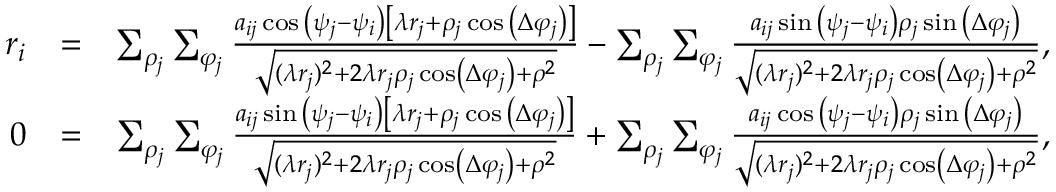
\begin{array} { r l r } { r _ { i } } & { = } & { \sum _ { \rho _ { j } } \sum _ { \varphi _ { j } } \frac { a _ { i j } \cos { \left( \psi _ { j } - \psi _ { i } \right) } \left[ \lambda r _ { j } + \rho _ { j } \cos { \left( \Delta \varphi _ { j } \right) } \right] } { \sqrt { ( \lambda r _ { j } ) ^ { 2 } + 2 \lambda r _ { j } \rho _ { j } \cos \left( \Delta \varphi _ { j } \right) + \rho ^ { 2 } } } - \sum _ { \rho _ { j } } \sum _ { \varphi _ { j } } \frac { a _ { i j } \sin { \left( \psi _ { j } - \psi _ { i } \right) } \rho _ { j } \sin { \left( \Delta \varphi _ { j } \right) } } { \sqrt { ( \lambda r _ { j } ) ^ { 2 } + 2 \lambda r _ { j } \rho _ { j } \cos \left( \Delta \varphi _ { j } \right) + \rho ^ { 2 } } } , } \\ { 0 } & { = } & { \sum _ { \rho _ { j } } \sum _ { \varphi _ { j } } \frac { a _ { i j } \sin { \left( \psi _ { j } - \psi _ { i } \right) } \left[ \lambda r _ { j } + \rho _ { j } \cos { \left( \Delta \varphi _ { j } \right) } \right] } { \sqrt { ( \lambda r _ { j } ) ^ { 2 } + 2 \lambda r _ { j } \rho _ { j } \cos \left( \Delta \varphi _ { j } \right) + \rho ^ { 2 } } } + \sum _ { \rho _ { j } } \sum _ { \varphi _ { j } } \frac { a _ { i j } \cos { \left( \psi _ { j } - \psi _ { i } \right) } \rho _ { j } \sin { \left( \Delta \varphi _ { j } \right) } } { \sqrt { ( \lambda r _ { j } ) ^ { 2 } + 2 \lambda r _ { j } \rho _ { j } \cos \left( \Delta \varphi _ { j } \right) + \rho ^ { 2 } } } , } \end{array}